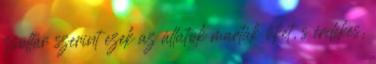
zsoltár szerint ezek az állatok marták őket, s érdekes,